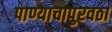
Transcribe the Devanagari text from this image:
पाण्याचापुरवठा